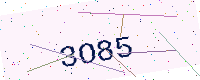
Text: 3O85